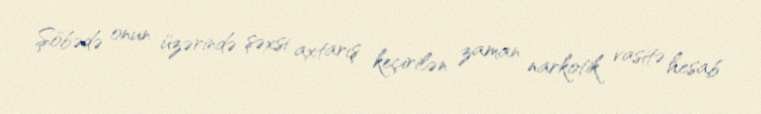
Şöbədə onun üzərində şəxsi axtarış keçirilən zaman narkotik vasitə hesab